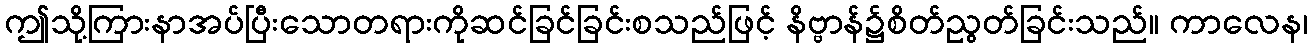
ဤသို့ကြားနာအပ်ပြီးသောတရားကိုဆင်ခြင်ခြင်းစသည်ဖြင့် နိဗ္ဗာန်၌စိတ်ညွတ်ခြင်းသည်။ ကာလေန၊